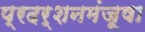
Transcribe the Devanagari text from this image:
प्रदर्शनमंजूषा